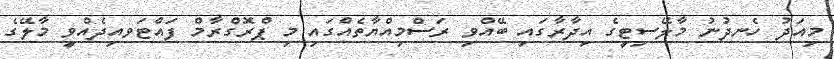
މިއަދު ހެނދުނު މާލޭސިޓީގެ އިދާރާގައި ބޭއްވި ރަސްމިއްޔާތެއްގައި މި ޕްރޮގްރާމް ފައްޓަވއިދެއްވީ މާލޭގެ